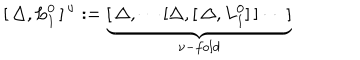
LaTeX: [ \, \Delta , L _ { 1 } ^ { 0 } \, ] ^ { \, \nu } : = \underbrace { [ \, \Delta , \cdots [ \Delta , [ \, \Delta , L _ { 1 } ^ { 0 } ] \, ] \cdots \, ] } _ { \nu - f o l d }